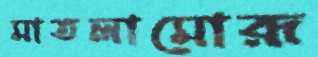
মাতলামোরূ